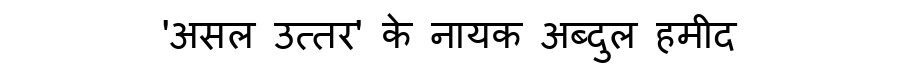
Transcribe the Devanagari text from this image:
'असल उत्तर' के नायक अब्दुल हमीद